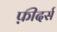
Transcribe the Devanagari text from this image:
फ़ीदर्स